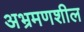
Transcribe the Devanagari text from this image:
अभ्रमणशील